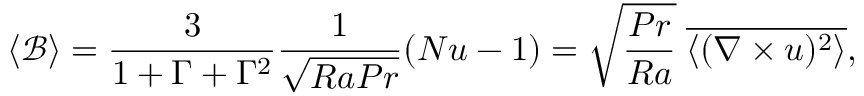
\left\langle \mathcal { B } \right\rangle = \frac { 3 } { 1 + \Gamma + \Gamma ^ { 2 } } \frac { 1 } { \sqrt { R a P r } } ( N u - 1 ) = \sqrt { \frac { P r } { R a } } \; \overline { { \left\langle ( \nabla \times u ) ^ { 2 } \right\rangle } } ,